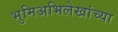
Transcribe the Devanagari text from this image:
भुमिअभिलेखांच्या